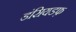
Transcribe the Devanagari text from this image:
डंसियडफ़